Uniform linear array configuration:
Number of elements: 12
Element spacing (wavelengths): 1
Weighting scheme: kaiser
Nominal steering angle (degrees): -60
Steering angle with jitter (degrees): -60.654
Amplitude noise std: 0.05
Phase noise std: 0.05

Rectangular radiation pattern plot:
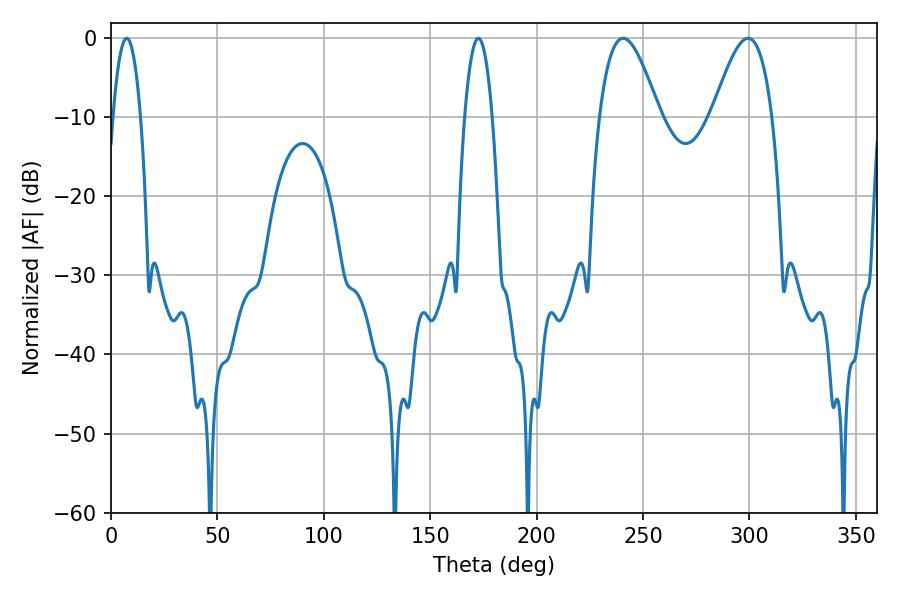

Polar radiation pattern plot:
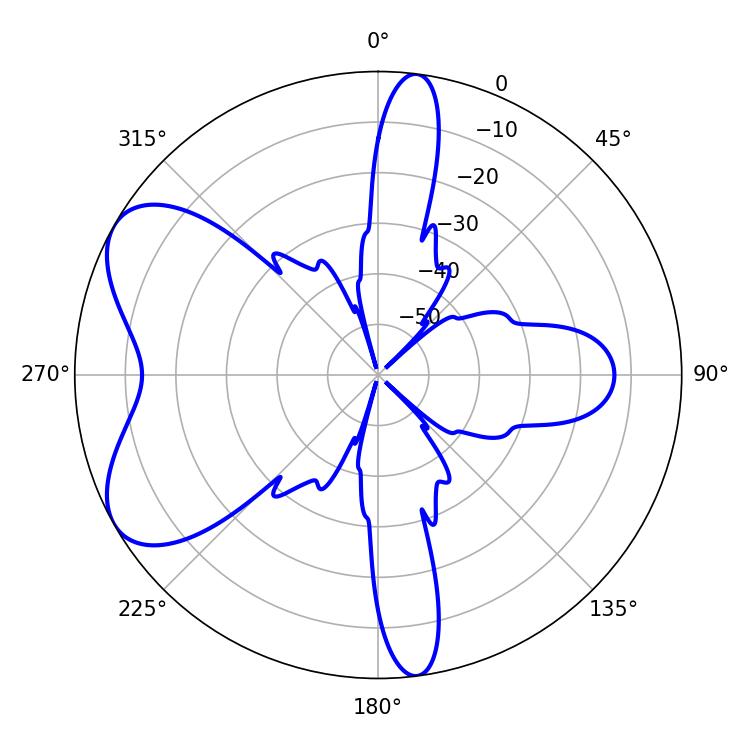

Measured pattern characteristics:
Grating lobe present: TRUE
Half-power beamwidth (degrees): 7.2
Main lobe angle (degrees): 7.38